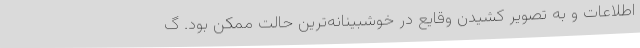
اطلاعات و به تصویر کشیدن وقایع در خوشبینانه‌ترین حالت ممکن بود. گ